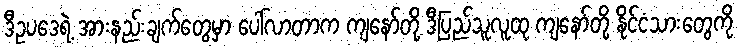
ဒီဥပဒေရဲ့ အားနည်းချက်တွေမှာ ပေါ်လာတာက ကျနော်တို့ ဒီပြည်သူလူထု ကျနော်တို့ နိုင်ငံသားတွေကို